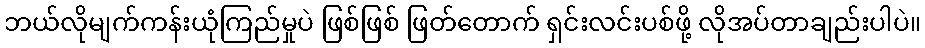
ဘယ်လိုမျက်ကန်းယုံကြည်မှုပဲ ဖြစ်ဖြစ် ဖြတ်တောက် ရှင်းလင်းပစ်ဖို့ လိုအပ်တာချည်းပါပဲ။